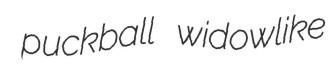
puckball widowlike